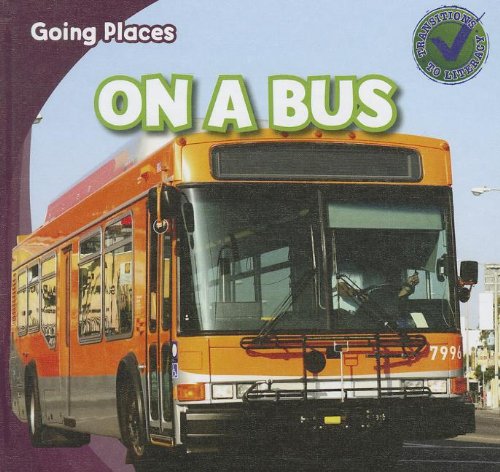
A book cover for On a Bus (Going Places); Robert M. Hamilton; Children's Books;